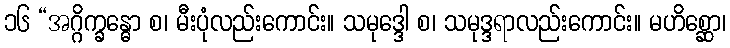
၁၆ “အဂ္ဂိက္ခန္ဓော စ၊ မီးပုံလည်းကောင်း။ သမုဒ္ဒေါ စ၊ သမုဒ္ဒရာလည်းကောင်း။ မဟိစ္ဆော၊